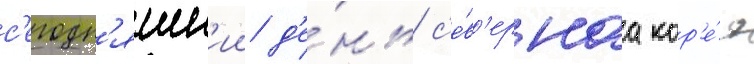
с'егодн'яшн'ии д'е́нь с'е́в'ернаа кор'е́я